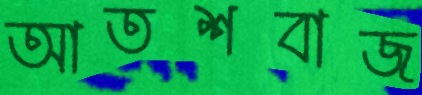
আতশবাজ